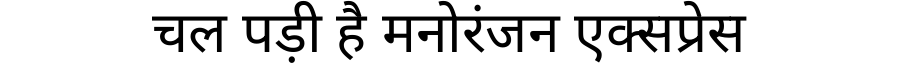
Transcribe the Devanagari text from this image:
चल पड़ी है मनोरंजन एक्सप्रेस